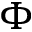
\Phi